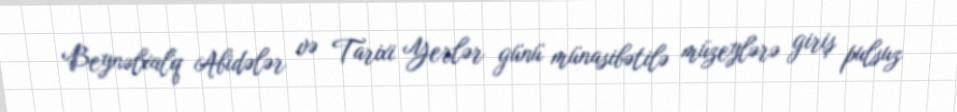
Beynəlxalq Abidələr və Tarixi Yerlər günü münasibətilə müzeylərə giriş pulsuz